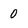
Character: 0